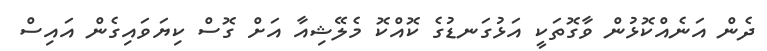
ދެން އަނެއްކޮޅުން ވާގޮތަކީ އަޅުގަނޑުގެ ކޮއްކޮ މެލޭޝިއާ އަށް ގޮސް ކިޔަވައިގެން އައިސް